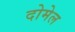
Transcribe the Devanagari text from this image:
दोमेल